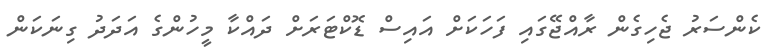
ކެންސަރު ޖެހިގެން ރާއްޖޭގައި ފަހަކަށް އައިސް ޑޮކްޓަރަށް ދައްކާ މީހުންގެ އަދަދު ގިނަކަން